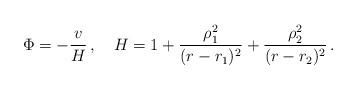
LaTeX: \begin{align*}\Phi = -\frac{v}{H}\, ,\quad H=1+\frac{\rho_1^2}{(r-r_1)^2}+ \frac{\rho_2^2}{(r-r_2)^2}\, .\end{align*}